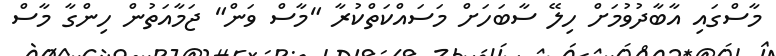
މާސްގައި އާބާދުވުމަށް ހިލޭ ސާބަހަށް މަސައްކަތްކުރާ "މާސް ވަން" ޖަމާއަތުން ހިންގާ މާސް